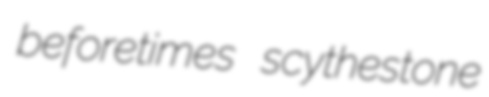
beforetimes scythestone